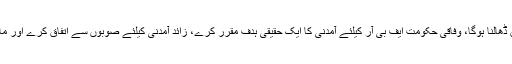
اپنی جگہ غلط ہیں اور دونوں کو ہی اپنی پوزیشن میں ضرورت کے مطابق ڈھالنا ہوگا، وفاقی حکومت ایف بی آر کیلئے آمدنی کا ایک حقیقی ہدف مقرر کرے، زائد آمدنی کیلئے صوبوں سے اتفاق کرے اور مالی سال کے دوران زائد اہداف حاصل کرنے کیلئے طریق کار وضع کرے۔